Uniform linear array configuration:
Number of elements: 24
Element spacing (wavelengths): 0.75
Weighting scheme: hann
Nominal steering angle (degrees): -60
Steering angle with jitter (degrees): -60.459
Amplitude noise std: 0.05
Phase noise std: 0.05

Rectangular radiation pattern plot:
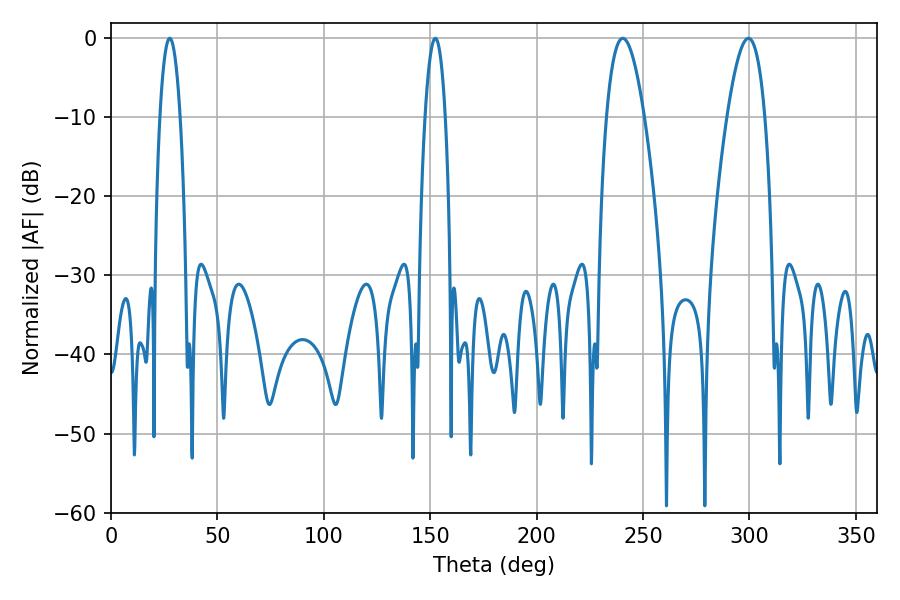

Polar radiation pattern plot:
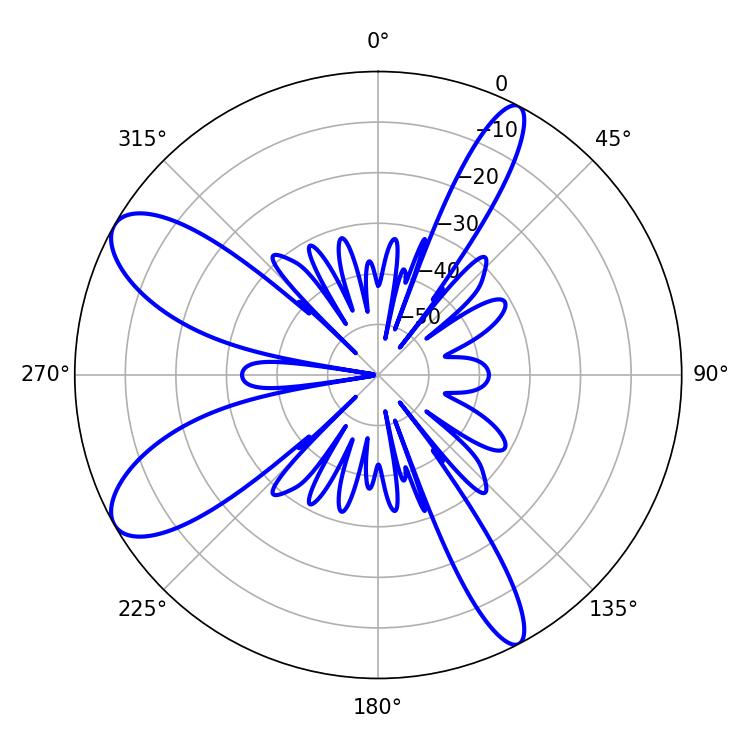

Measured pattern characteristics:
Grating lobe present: TRUE
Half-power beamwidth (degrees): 9.72
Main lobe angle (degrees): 240.48